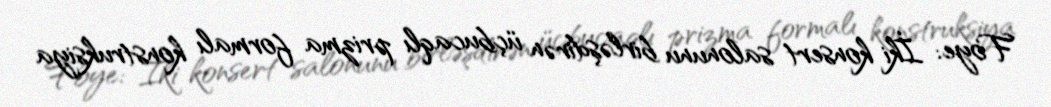
Foye: İki konsert salonunu birləşdirən üçbucaqlı prizma formalı konstruksiya